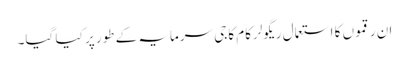
ان رقموں کا استعمال ریگولرکام کاجی سرمایہ کے طور پر کیا گیا۔